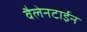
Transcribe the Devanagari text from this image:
वैलेनटाईन